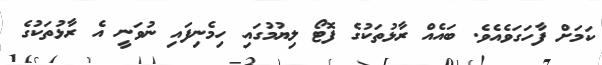
ކަމަށް ފާހަގަވެއެވެ. ބައެއް ރާޅުތަކުގެ ފޮޓޯ ލިޔުމުގައި ހިމެނިފައި ނުވަނީ އެ ރާޅުތަކުގެ